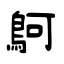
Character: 鴚